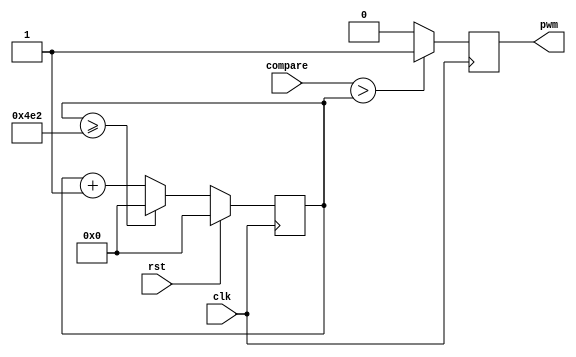
module pwm (
  input clk,
  input rst, 
  input [10:0] compare,
  output pwm
  );
  
  reg pwm_d, pwm_q;
  reg [10:0] ctr_d, ctr_q;
  
  assign pwm = pwm_q;
  
  always @(*) begin
  
    //reset counter at 40kHz with 50MHz clk
    if (ctr_q >= 11'd1250) begin
      ctr_d = 11'b0;
    end else begin 
      ctr_d = ctr_q + 1;
    end
     
    if (compare > ctr_q) begin
      pwm_d = 1'b1;
    end else begin
      pwm_d = 1'b0; 
    end
   
  end
  
  always @(posedge clk) begin
    if (rst == 1) begin
      ctr_q <= 11'b0;
    end else begin
      ctr_q <= ctr_d;
    end
    
    pwm_q <= pwm_d;
    
  end
  
endmodule